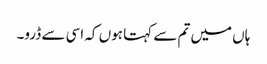
ہاں میں تم سے کہتا ہوں کہ اسی سے ڈرو۔